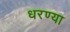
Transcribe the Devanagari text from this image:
धरण्या